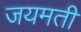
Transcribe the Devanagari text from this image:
जयमती